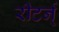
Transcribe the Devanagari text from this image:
रीटर्न्